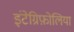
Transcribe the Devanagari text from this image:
इंटेग्रिफ़ोलिया